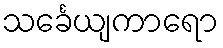
သင်္ခေယျကာရော